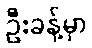
ဦးခန့်မှာ